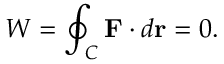
W = \oint _ { C } \mathbf { F } \cdot d { \mathbf { r } } = 0 .